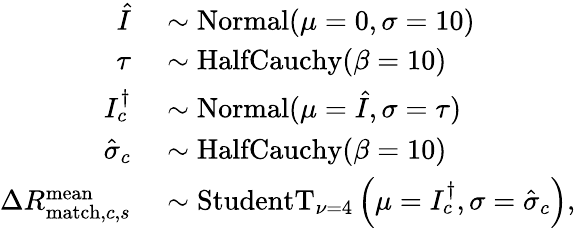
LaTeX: \begin{array}{rl}{\hat{I}}&{{}\sim\mathrm{Normal}(\mu=0,\sigma=10)}\\ {\tau}&{{}\sim\mathrm{HalfCauchy}(\beta=10)}\\ {I_{c}^{\dagger}}&{{}\sim\mathrm{Normal}(\mu=\hat{I},\sigma=\tau)}\\ {\hat{\sigma}_{c}}&{{}\sim\mathrm{HalfCauchy}(\beta=10)}\\ {\Delta R_{\mathrm{match},c,s}^{\mathrm{mean}}}&{{}\sim\mathrm{StudentT}_{\nu=4}\left(\mu=I_{c}^{\dagger},\sigma=\hat{\sigma}_{c}\right),}\end{array}